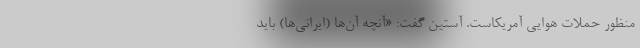
منظور حملات هوایی آمریکاست. آستین گفت: «آنچه آن‌ها (ایرانی‌ها) باید